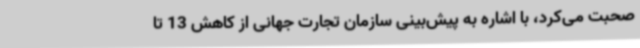
صحبت می‌کرد، با اشاره به پیش‌بینی سازمان تجارت جهانی از کاهش 13 تا